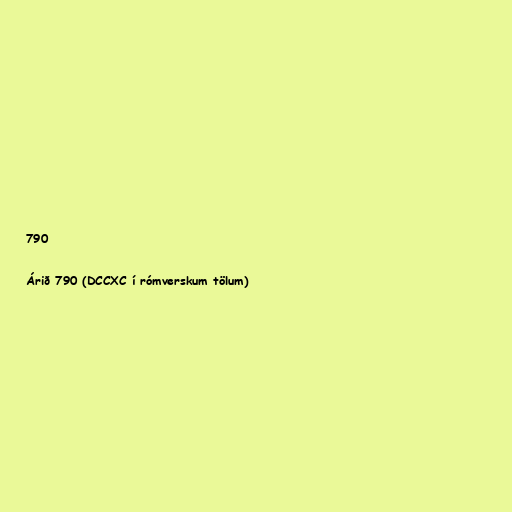
790

Árið 790 (DCCXC í rómverskum tölum)